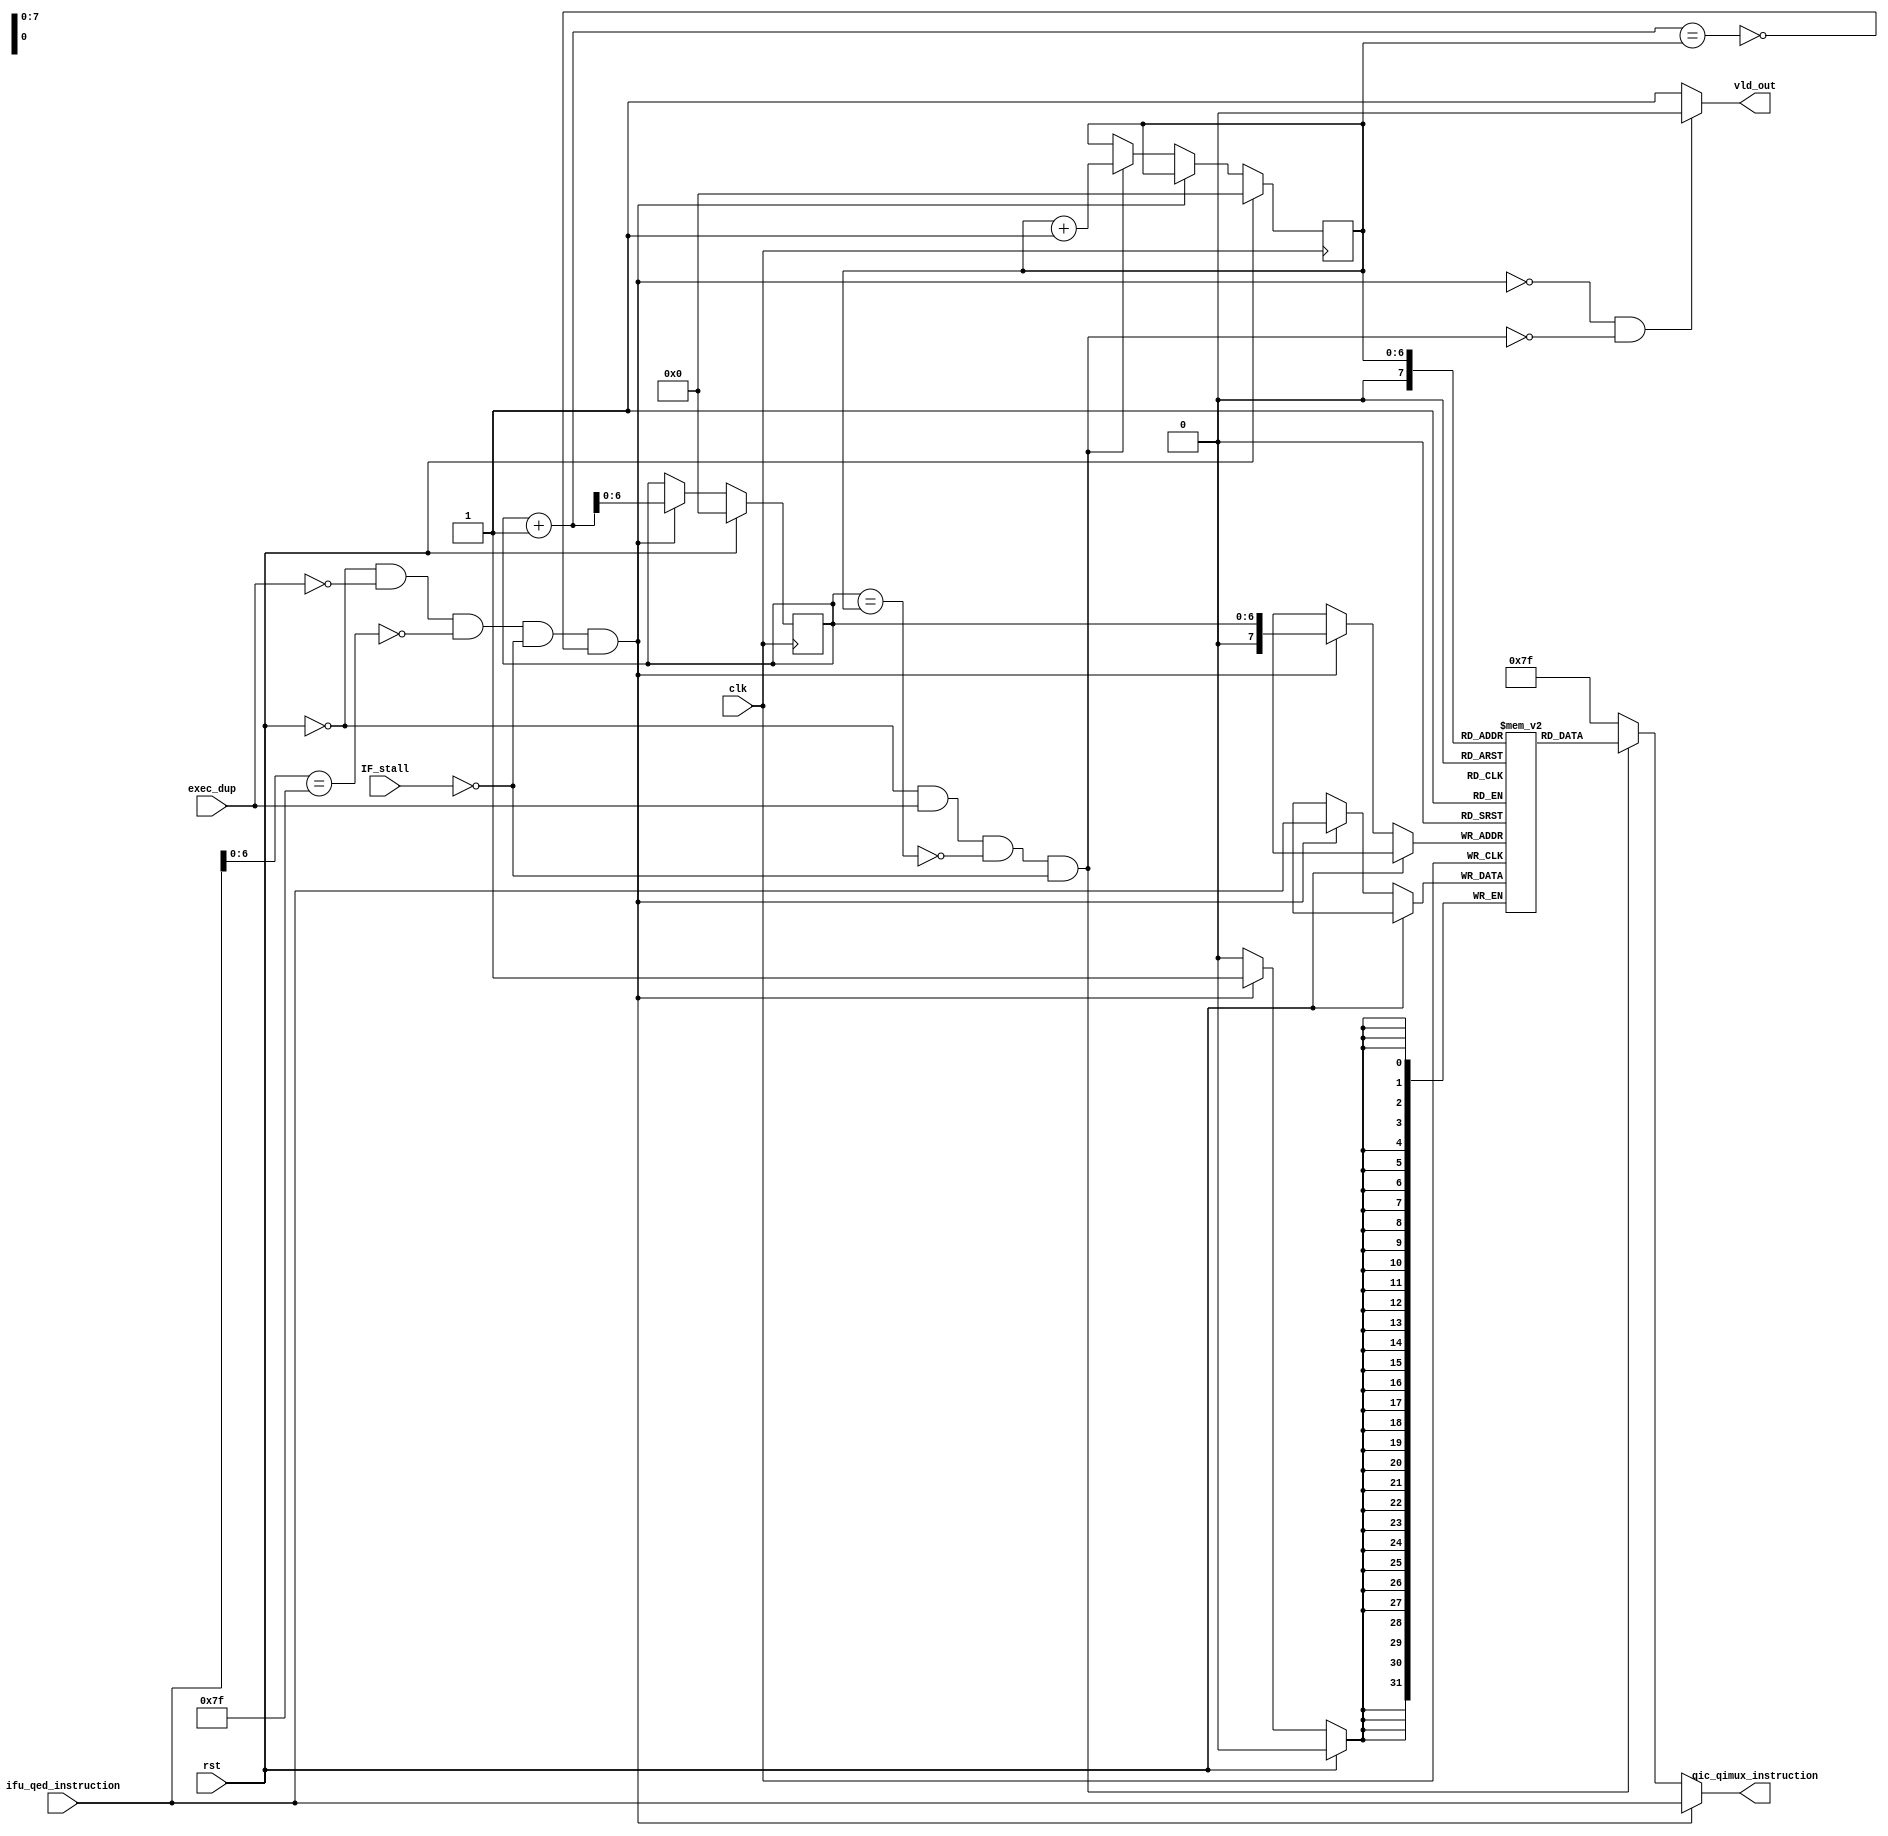
module qed_i_cache (/*AUTOARG*/
   // Outputs
   qic_qimux_instruction,
   vld_out,  // whenever nop is executed vld_out is 1'b0
   // Inputs
   clk, rst,
   exec_dup, IF_stall,		    
   //vld_inst, mode
   ifu_qed_instruction
   );

//   parameter ICACHESIZE = 128;
   parameter ICACHESIZE = 256;

   input         clk;
   input         rst;
   
   // input         vld_inst;
   // input [2:0]   mode;
   input 	 exec_dup;
   input 	 IF_stall;
   input [31:0]  ifu_qed_instruction;
   output [31:0] qic_qimux_instruction;
   output 	 vld_out;

   reg [31:0]    i_cache[ICACHESIZE-1:0];
   // reg [5:0]     address_base;
   // wire [5:0]    nxt_address_base;
   reg [6:0] 	 address_tail;  // to accomodate 256 ICACHESIZE
   reg [6:0] 	 address_head;
   wire 	 is_empty;
   wire 	 is_full;
   
//   wire [6:0] 	 nxt_address_base;
   wire [31:0]   instruction;
   wire 	 is_nop;
   wire 	 insert_cond ;
   wire 	 delete_cond;


   // i_cache is basically a queue
   assign insert_cond = (~rst)&(~exec_dup)&(~is_nop)&(~IF_stall)&(~is_full);
   assign delete_cond = (~rst)&(exec_dup)&(~is_empty)&(~IF_stall);
   assign is_nop = (ifu_qed_instruction[6:0] == 7'b1111111);
   assign is_empty = (address_tail == address_head);
   assign is_full = ((address_tail + 1) == address_head);
   

   assign vld_out = (~insert_cond)&(~delete_cond) ? 1'b0 : 1'b1 ;
   

   // address computation
   always @(posedge clk)
     begin
        if (rst) begin
           address_tail <= 7'b0;
	   address_head <= 7'b0;
        end else if (insert_cond) begin
	   i_cache[address_tail] <= ifu_qed_instruction;
           address_tail <= address_tail + 1;
        end else if (delete_cond) begin
	   address_head <= address_head + 1;
	end
     end 

   assign instruction = i_cache[address_head];
   // always @(posedge clk) 
   //   begin
   //      if ((mode == `ORIGINAL_MODE) && vld_inst)
   //        begin
   //           i_cache[address_base] <= ifu_qed_instruction;
   //        end
   //   end // always @ (posedge clk)

   
   // assign qic_qimux_instruction = (mode == `ORIGINAL_MODE) ? ifu_qed_instruction :
   //                                (mode == `DUP_MODE) ? instruction :
   //                                32'h0_0100_0000; // NOP

   assign qic_qimux_instruction = insert_cond ? ifu_qed_instruction : (delete_cond ? instruction : 32'b1111111);
    // no need to consider rst case as it's implicitly there in insert_cond and delete_cond
   
   
endmodule